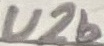
Text: U2b